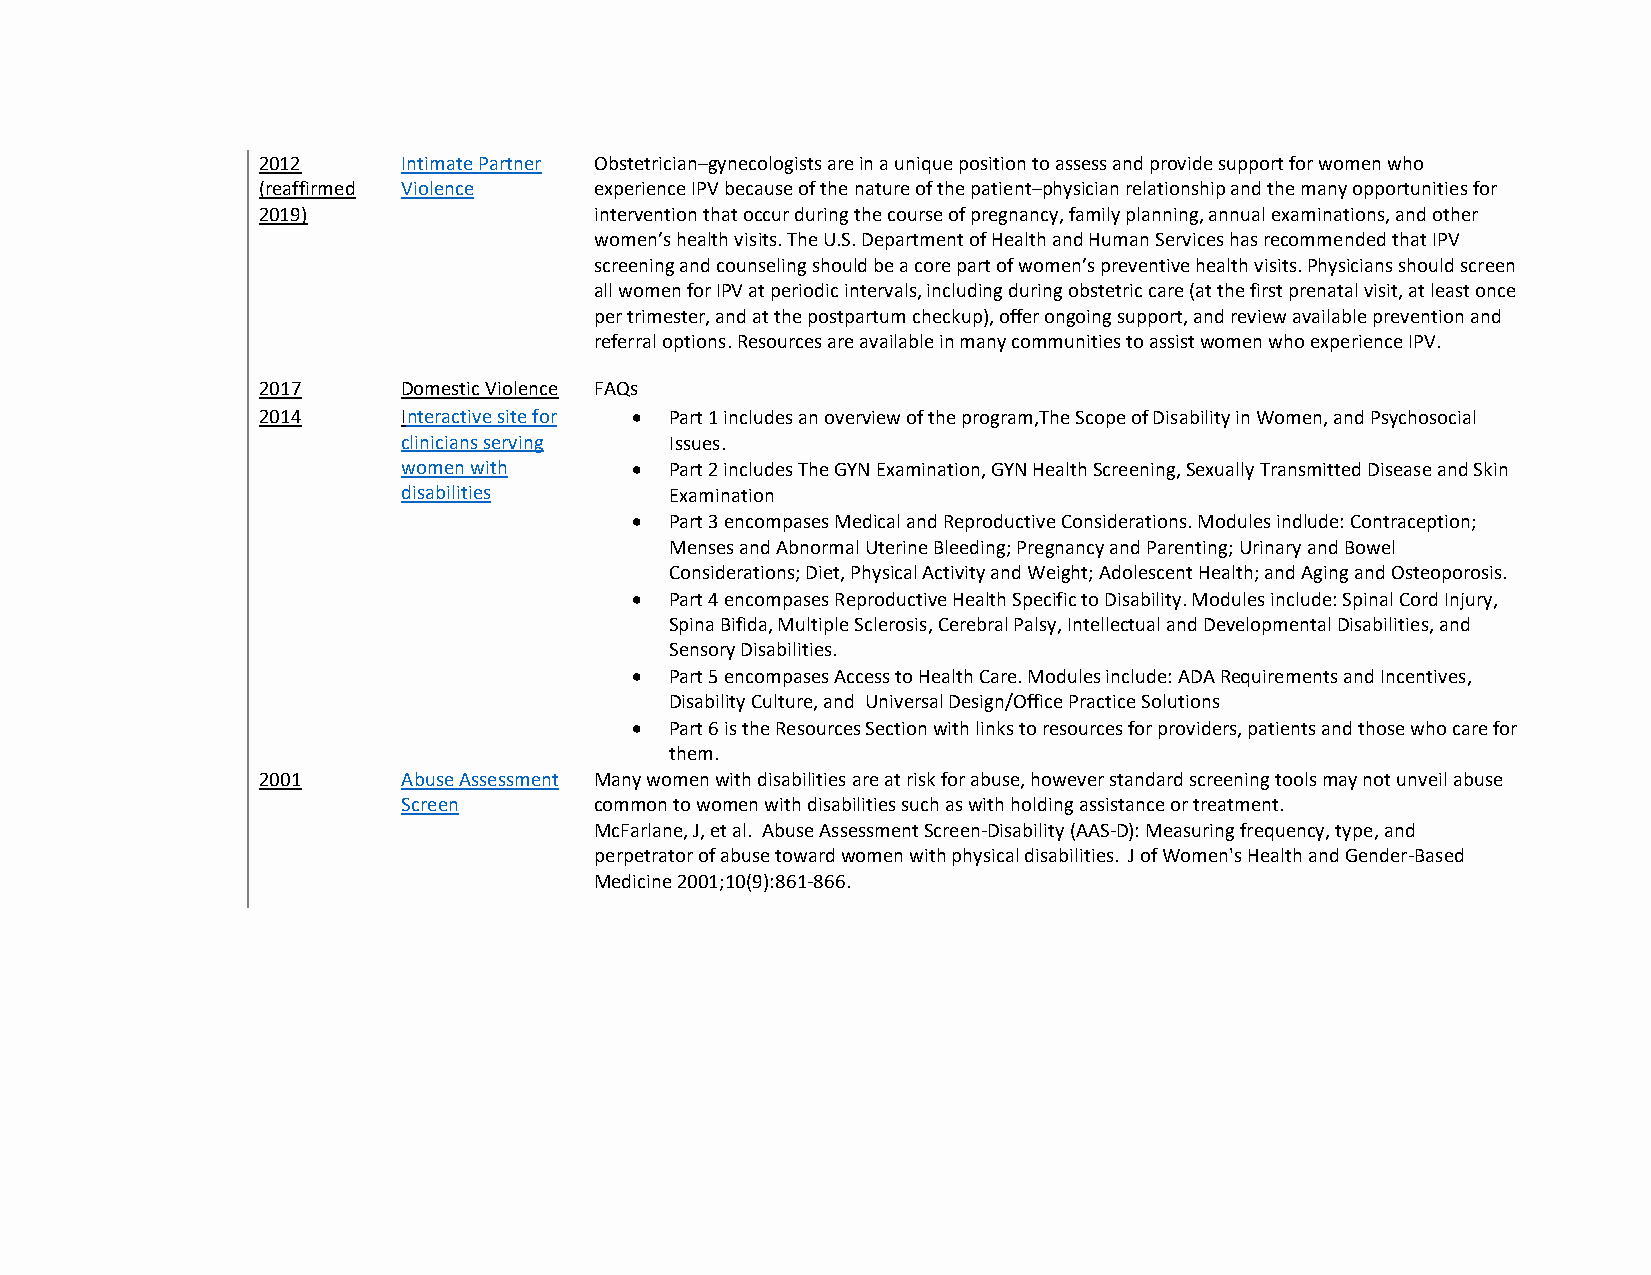
2012      Intimate Partner Obstetrician–gynecologists are in a unique position to assess and provide support for women who
 (reaffirmed Violence  experience IPV because of the nature of the patient–physician relationship and the many opportunities for
 2019)                 intervention that occur during the course of pregnancy, family planning, annual examinations, and other
 women’s health visits. The U.S. Department of Health and Human Services has recommended that IPV
 screening and counseling should be a core part of women’s preventive health visits. Physicians should screen
 all women for IPV at periodic intervals, including during obstetric care (at the first prenatal visit, at least once
 per trimester, and at the postpartum checkup), offer ongoing support, and review available prevention and
 referral options. Resources are available in many communities to assist women who experience IPV.
 2017      Domestic Violence FAQs
 2014      Interactive site for • Part 1 includes an overview of the program,The Scope of Disability in Women, and Psychosocial
 clinicians serving Issues.
 women with     • Part 2 includes The GYN Examination, GYN Health Screening, Sexually Transmitted Disease and Skin
 disabilities     Examination
 • Part 3 encompases Medical and Reproductive Considerations. Modules indlude: Contraception;
 Menses and Abnormal Uterine Bleeding; Pregnancy and Parenting; Urinary and Bowel
 Considerations; Diet, Physical Activity and Weight; Adolescent Health; and Aging and Osteoporosis.
 • Part 4 encompases Reproductive Health Specific to Disability. Modules include: Spinal Cord Injury,
 Spina Bifida, Multiple Sclerosis, Cerebral Palsy, Intellectual and Developmental Disabilities, and
 Sensory Disabilities.
 • Part 5 encompases Access to Health Care. Modules include: ADA Requirements and Incentives,
 Disability Culture, and Universal Design/Office Practice Solutions
 • Part 6 is the Resources Section with links to resources for providers, patients and those who care for
 them.
 2001      Abuse Assessment Many women with disabilities are at risk for abuse, however standard screening tools may not unveil abuse
 Screen      common to women with disabilities such as with holding assistance or treatment.
 McFarlane, J, et al. Abuse Assessment Screen-Disability (AAS-D): Measuring frequency, type, and
 perpetrator of abuse toward women with physical disabilities. J of Women's Health and Gender-Based
 Medicine 2001;10(9):861-866.